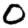
Digit: 0